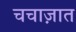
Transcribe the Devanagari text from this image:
चचाज़ात